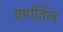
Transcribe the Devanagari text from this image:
वर्षातिल